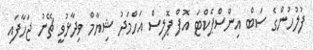
ފުލުހުންގެ ސަބް އިންސްޕެކްޓަ އޮފް ޕޮލިސް އަހްމަދު ޝިޔާމް ވިދާޅުވީ ޗޭނު ޖަހާފައި